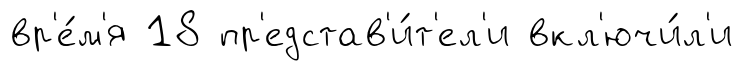
вр'е́м'я 18 пр'едстав'и́т'ел'и вкл'ючи́л'и